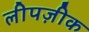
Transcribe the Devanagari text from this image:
लीपज़ीक